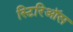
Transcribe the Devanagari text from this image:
स्टिरिऑस